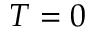
T = 0